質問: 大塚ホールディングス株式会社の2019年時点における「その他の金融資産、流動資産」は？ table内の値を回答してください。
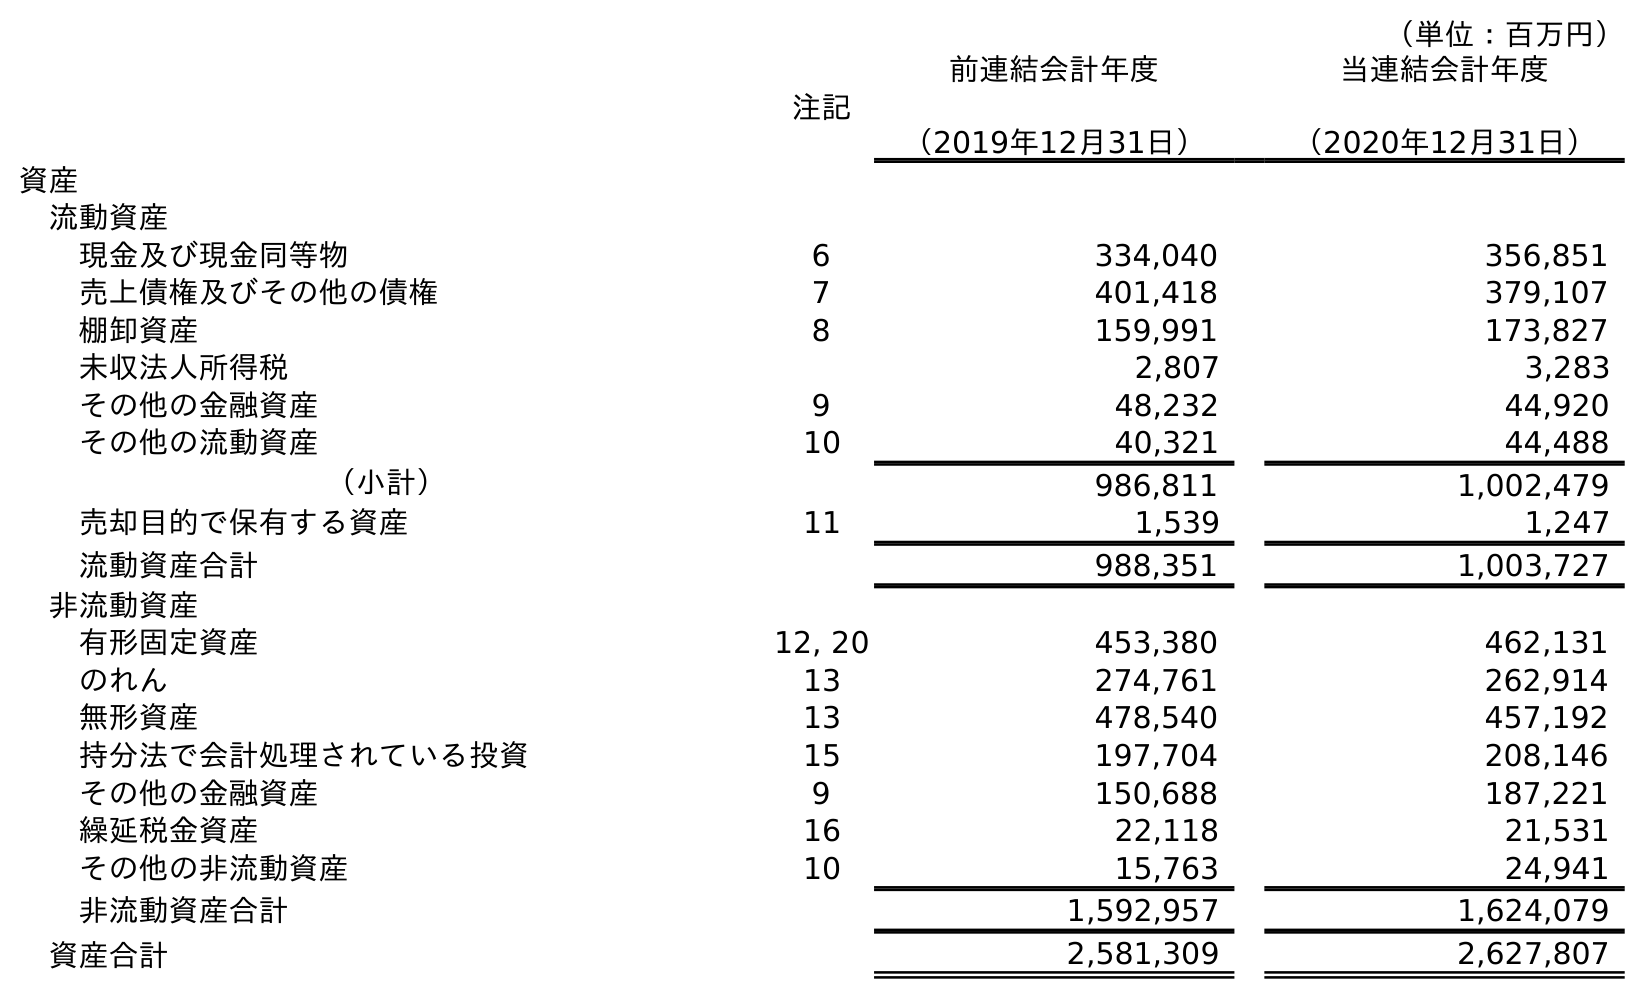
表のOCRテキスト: （単位：百万円） 注記 前連結会計年度 （2019年12月31日） 当連結会計年度 （2020年12月31日） 資産 流動資産 現金及び現金同等物 6 334,040 356,851 売上債権及びその他の債権 7 401,418 379,107 棚卸資産 8 159,991 173,827 未収法人所得税 2,807 3,283 その他の金融資産 9 48,232 44,920 その他の流動資産 10 40,321 44,488 （小計） 986,811 1,002,479 売却目的で保有する資産 11 1,539 1,247 流動資産合計 988,351 1,003,727 非流動資産 有形固定資産 12, 20 453,380 462,131 のれん 13 274,761 262,914 無形資産 13 478,540 457,192 持分法で会計処理されている投資 15 197,704 208,146 その他の金融資産 9 150,688 187,221 繰延税金資産 16 22,118 21,531 その他の非流動資産 10 15,763 24,941 非流動資産合計 1,592,957 1,624,079 資産合計 2,581,309 2,627,807
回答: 48,232